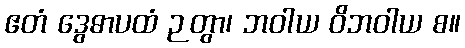
ဧတံ ဒွေဓာပထံ ဉတွာ၊ ဘဝါယ ဝိဘဝါယ စ။